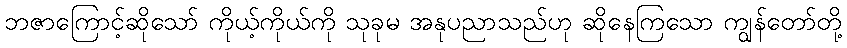
ဘဇာကြောင့်ဆိုသော် ကိုယ့်ကိုယ်ကို သုခုမ အနုပညာသည်ဟု ဆိုနေကြသော ကျွန်တော်တို့